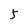
Character: 5